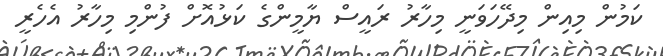
ކަމުން މިއިން މިދޭހަވަނީ މިހާރު ރައީސް ޔާމީންގެ ކަޅުއޮށް ފުންމި މިހާރު އެހެރީ